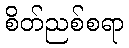
စိတ်ညစ်စရာ